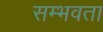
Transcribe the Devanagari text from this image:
सम्भवता